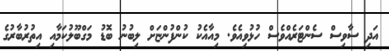
އަދި ސާވިސް ސެންޓަރެއްވެސް ހުޅުވިއެވެ. މިއާއެކު ކުންފުންޏަށް ލިބުނު ބޮޑު މަގްބޫލުކަމާއި އިތުރުބާރުގެ